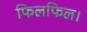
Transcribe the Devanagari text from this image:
फिलफिल।